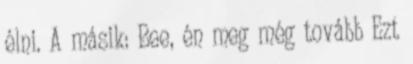
élni. A másik: Bee, én meg még tovább Ezt